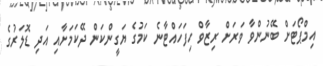
އިމްޕޯޓަށް ބޭނުންވާ ވަރަށް ރިޒާވް ހިފަހައްޓާނެ ކަމުގެ ޔަގީންކަން ދޭކަމަށާއި އަދި ޑޮލަރުގެ